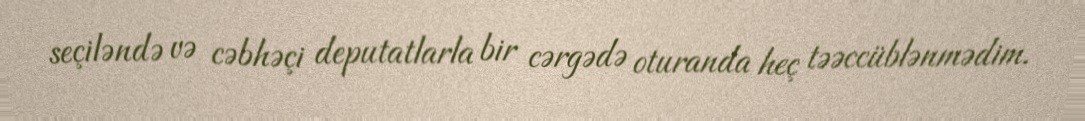
seçiləndə və cəbhəçi deputatlarla bir cərgədə oturanda heç təəccüblənmədim.